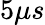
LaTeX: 5\mu s